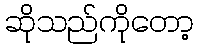
ဆိုသည်ကိုတော့